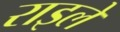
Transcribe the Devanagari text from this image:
राइले